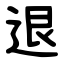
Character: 退